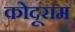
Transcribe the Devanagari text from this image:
कोदूराम